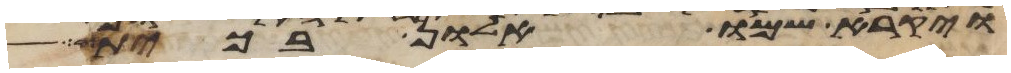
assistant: ויקרא שמו אלון בכית